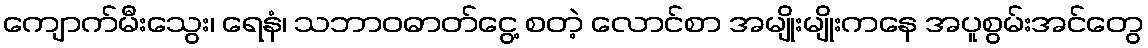
ကျောက်မီးသွေး၊ ရေနံ၊ သဘာဝဓာတ်ငွေ့ စတဲ့ လောင်စာ အမျိုးမျိုးကနေ အပူစွမ်းအင်တွေ